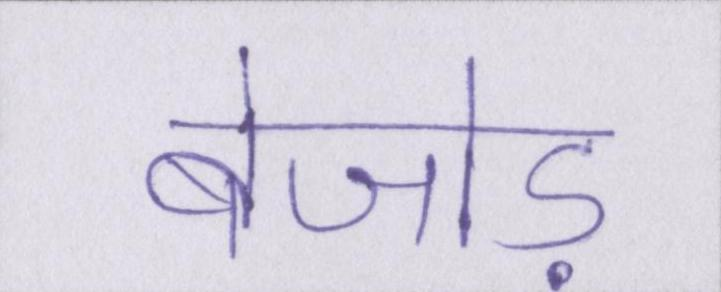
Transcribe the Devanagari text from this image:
बेजोड़